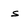
Character: s